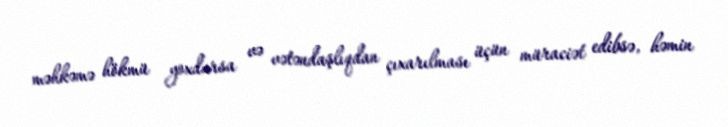
məhkəmə hökmü yoxdursa və vətəndaşlıqdan çıxarılması üçün müraciət edibsə, həmin